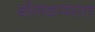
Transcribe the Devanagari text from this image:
बोलवण्यात